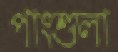
পাংশুলা